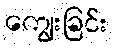
ကျွေးခြင်း